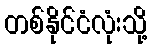
တစ်နိုင်ငံလုံးသို့